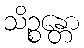
သိဉ္စန္တော